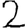
Digit: 2